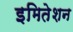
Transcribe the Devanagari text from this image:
इमितेशन